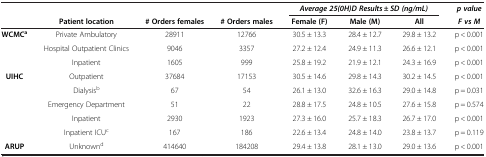
<table><thead><tr><td><b> </b></td><td><b> </b></td><td><b> </b></td><td><b> </b></td><td colspan="3"><b><i>Average 25(0H)D Results ± SD (ng/mL)</i></b></td><td><b><i>p value</i></b></td></tr><tr><td><b> </b></td><td><b>Patient location</b></td><td><b># Orders females</b></td><td><b># Orders males</b></td><td><b>Female (F)</b></td><td><b>Male (M)</b></td><td><b>All</b></td><td><b><i>F vs M</i></b></td></tr></thead><tbody><tr><td><b>WCMC</b><sup><b>a</b></sup></td><td>Private Ambulatory</td><td>28911</td><td>12766</td><td>30.5 ± 13.3</td><td>28.4 ± 12.7</td><td>29.8 ± 13.2</td><td>p &lt; 0.001</td></tr><tr><td> </td><td>Hospital Outpatient Clinics</td><td>9046</td><td>3357</td><td>27.2 ± 12.4</td><td>24.9 ± 11.3</td><td>26.6 ± 12.1</td><td>p &lt; 0.001</td></tr><tr><td> </td><td>Inpatient</td><td>1605</td><td>999</td><td>25.8 ± 19.2</td><td>21.9 ± 12.1</td><td>24.3 ± 16.9</td><td>p &lt; 0.001</td></tr><tr><td><b>UIHC</b></td><td>Outpatient</td><td>37684</td><td>17153</td><td>30.5 ± 14.6</td><td>29.8 ± 14.3</td><td>30.2 ± 14.5</td><td>p &lt; 0.001</td></tr><tr><td> </td><td>Dialysis<sup>b</sup></td><td>67</td><td>54</td><td>26.1 ± 13.0</td><td>32.6 ± 16.3</td><td>29.0 ± 14.8</td><td>p = 0.031</td></tr><tr><td> </td><td>Emergency Department</td><td>51</td><td>22</td><td>28.8 ± 17.5</td><td>24.8 ± 10.5</td><td>27.6 ± 15.8</td><td>p = 0.574</td></tr><tr><td> </td><td>Inpatient</td><td>2930</td><td>1923</td><td>27.3 ± 16.0</td><td>25.7 ± 18.3</td><td>26.7 ± 17.0</td><td>p &lt; 0.001</td></tr><tr><td> </td><td>Inpatient ICU<sup>c</sup></td><td>167</td><td>186</td><td>22.6 ± 13.4</td><td>24.8 ± 14.0</td><td>23.8 ± 13.7</td><td>p = 0.119</td></tr><tr><td><b>ARUP</b></td><td>Unknown<sup>d</sup></td><td>414640</td><td>184208</td><td>29.4 ± 13.8</td><td>28.1 ± 13.0</td><td>29.0 ± 13.6</td><td>p &lt; 0.001</td></tr></tbody></table>